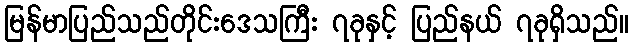
မြန်မာပြည်သည်တိုင်းဒေသကြီး ၇ခုနှင့် ပြည်နယ် ၇ခုရှိသည်။